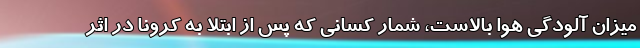
میزان آلودگی هوا بالاست، شمار کسانی که پس از ابتلا به کرونا در اثر